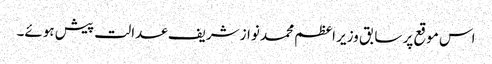
اس موقع پر سابق وزیر اعظم محمد نوازشریف عدالت پیش ہوئے۔